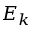
E _ { k }